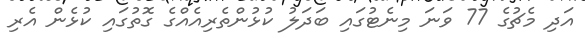
އަދި މެޗުގެ 77 ވަނަ މިނެޓުގައި ބަދަލު ކުޅުންތެރިއެއްގެ ގޮތުގައި ކުޅެން އެރި